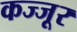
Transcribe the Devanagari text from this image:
कज्जूर